Vaccination in Bombay 1856-1862 - 1856-1862
Year: 1856
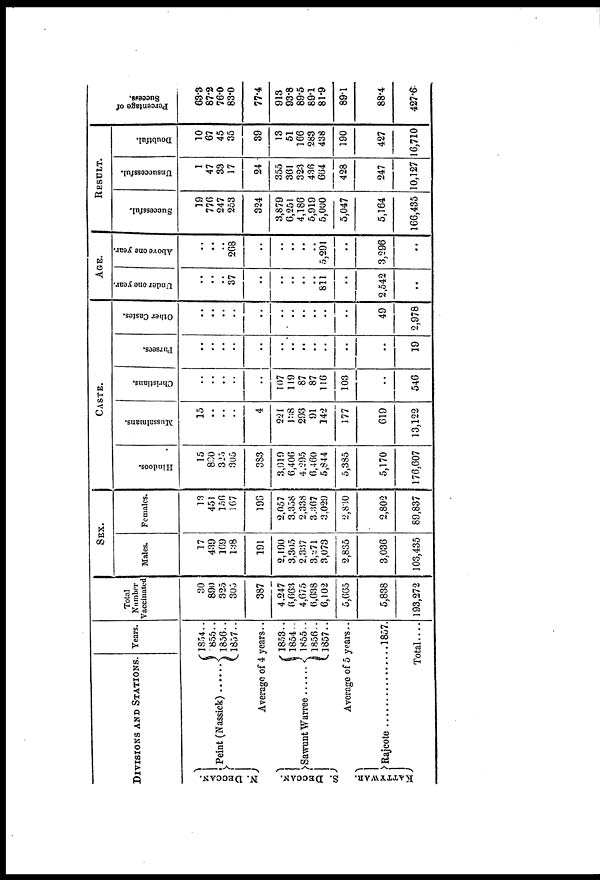
DIVISIONS AND STATIONS.
N. DECCAN.
S. DECCAN.
KATTYWAR.
Peint(Nassick)......
Years.
1854..
1855..
1856..
1857..
Average of 4 years..
Sawunt Warree ......
1853..
1854..
1855..
1856..
1857..
Average of 5 years ..
Rajcote................
1857.
Total....
Total
Number
Vaccinated
30
890
325
305
387
4,247
6,663
4,675
6,638
6,102
5,665
5,838
193,272
SEX.
Males.
17
439
169
138
191
2,190
3,305
2,337
3,271
3,073
2,835
3,036
103,435
Females.
13
451
156
167
196
2,057
3,358
2,338
3,367
3,029
2,830
2,802
89,837
CASTE.
Hindoos.
15
890
325
305
383
3,919
6,406
4,295
6,460
5,844
5,385
5,170
176,607
Mussalmans.
15
..
..
..
4
221
138
293
91
142
177
619
13,122
Christians.
..
..
..
..
..
107
119
87
87
116
103
..
546
Parsees.
..
..
..
..
..
..
..
..
..
..
..
..
19
Other Castes.
..
..
..
..
..
..
..
..
..
..
..
49
2,978
AGE.
Under one year.
..
..
..
37
..
..
..
..
..
811
..
2,542
..
Above one year.
..
..
..
268
..
..
..
..
..
5,291
..
3,296
..
RESULT.
Successful.
19
776
247
253
324
3,879
6,251
4,186
5,919
5,000
5,047
5,164
166,435
Unsuccessful.
1
47
33
17
24
355
361
323
436
664
428
247
10,127
Doubtful.
10
67
45
35
39
13
51
166
283
438
190
427
16,710
Percentage of
Success.
63.3
87.2
76.0
83.0
77.4
913
93.8
89.5
89.1
81.9
89.1
88.4
427.6